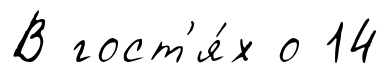
В гост'я́х о 14